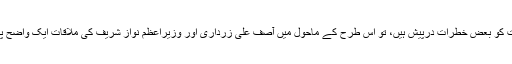
دوسے طرف موجودہ صورتحال کے تناظر میں جبکہ ایسی باتیں ہو رہی ہیں کہ سویلین اور جمہوری حکومت کو بعض خطرات درپیش ہیں، تو اس طرح کے ماحول میں آصف علی زرداری اور وزیراعظم نواز شریف کی ملاقات ایک واضح پیغام دیتی ہے کہ سیاسی جماعتیں اور ان کے اتحادی غیرجمہوری قوتوں کے خلاف یکساں سوچ رکھتے ہیں۔